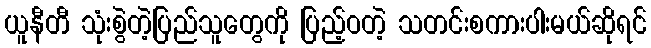
ယူနီတီ သုံးစွဲတဲ့ပြည်သူတွေကို ပြည့်ဝတဲ့ သတင်းစကားပါးမယ်ဆိုရင်